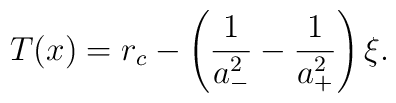
T(x)= r_c - \left(\frac{1}{a_-^2}-\frac{1}{a_+^2}\right)\xi.